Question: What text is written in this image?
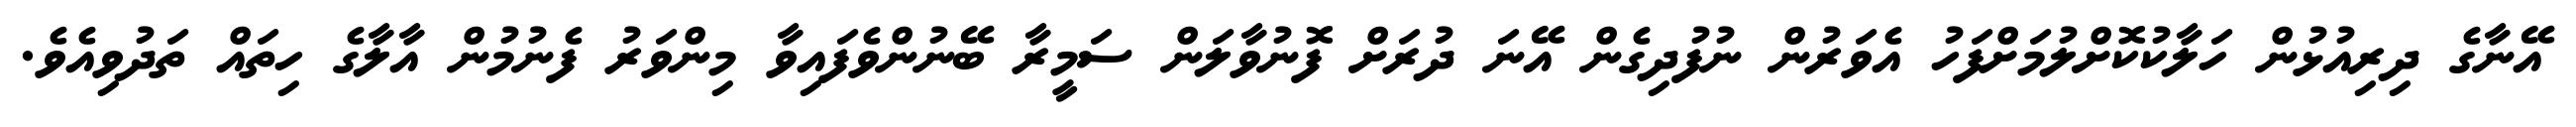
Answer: އޭނާގެ ދިރިއުޅުން ހަލާކުކޮށްލުމަށްފަހު އެވަރުން ނުފުދިގެން އޭނަ ދުރަށް ފޮނުވާލަން ސަމީރާ ބޭނުންވެފައިވާ މިންވަރު ފެނުމުން އާލާގެ ހިތައް ތަދުވިއެވެ.